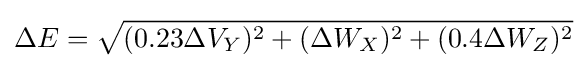
\Delta E={\sqrt {(0.23\Delta V_{Y})^{2}+(\Delta W_{X})^{2}+(0.4\Delta W_{Z})^{2}}}